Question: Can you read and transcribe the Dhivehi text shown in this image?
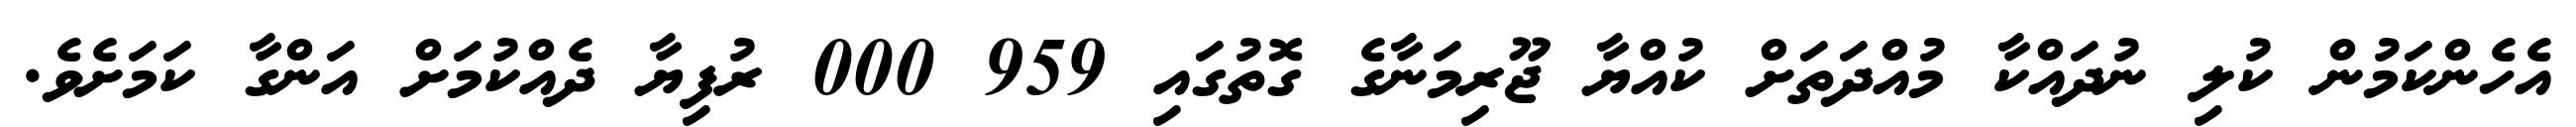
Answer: އެހެންކަމުން ކުލި ނުދައްކާ މުއްދަތަށް ކުއްޔާ ޖޫރިމަނާގެ ގޮތުގައި 959 000 ރުފިޔާ ދެއްކުމަށް އަންގާ ކަމަށެވެ.